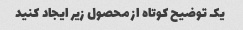
یک توضیح کوتاه از محصول زیر ایجاد کنید